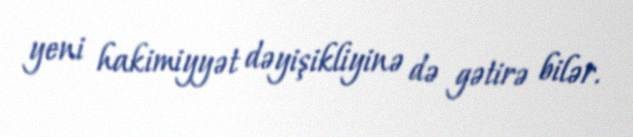
yeni hakimiyyət dəyişikliyinə də gətirə bilər.